system: You are a helpful assistant.
user:
Analyze the provided spectrum to determine if it is a **Carbon Star (C-type)**.

- **Key Visual Indicators of Carbon Star:**
    - **(Primary):** Strong molecular absorption from **C₂ (diatomic carbon) "Swan Bands."** This is the **defining feature** of a carbon star.
        - **(Key Bandheads):** Sharp absorption edges are visible at approximately $5635$ Å, $5165$ Å (the strongest band), and $4737$ Å.
        - **(Line Profile):** Creates a distinct **"saw-tooth"** pattern. The key morphology is a sharp, steep bandhead on the **red (long-wavelength) side**, which then gradually tapers off (i.e., flux recovers) towards the **blue (short-wavelength) side**. *(This is the direct opposite of the TiO bands seen in M-type stars)*.

    - **(Secondary):** Intense **CN (cyanogen)** molecular absorption bands.
        - **(Key Bandheads):** Located in the blue and violet regions of the spectrum (e.g., near $4215$ Å and $3883$ Å).
        - **(Morphology):** These bands are extremely broad and act as a "blanket," absorbing the vast majority of blue and violet light. This creates a characteristic **"cliff"** or **"steep drop-off"** in the spectrum's flux at short wavelengths.

    - **(Key Confirmation):** Strong **CH absorption band (G-band)**.
        - **(Key Bandhead):** Located around $4300$ Å. The contribution from CH molecules to this band is exceptionally strong.

    - **(Overall Spectrum):**
        - The continuum is severely "chopped up" by these deep molecular bands, especially C₂, rather than appearing as a smooth curve.
        - Due to the heavy CN and C₂ absorption in the blue-green, the vast majority of the star's flux is concentrated in the red part of the spectrum, giving the star its characteristic deep red color.

Think first, call **spectral_visualization_tool** if needed to examine features in detail, then provide your final answer. Your response must adhere to the following strict rules:
1.  **Overall Structure:** Your response must follow the format `<think>...</think> <tool_call>...</tool_call> (if a tool is used) <answer>...</answer>`.
2.  **Tool Usage Constraint:** You may only make **one** tool call per turn.
3.  **Final Answer Format:** In the `<answer>` tag, your conclusion must be inside a `\boxed{}` command (e.g., `\boxed{YES}`), followed by your justification.

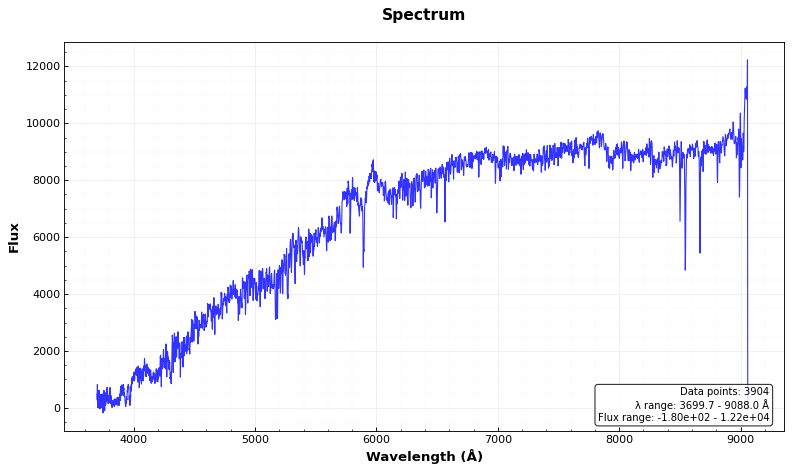
Answer: NO